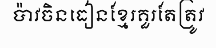
ប៉ាវចិនធៀនខ្មែរគួរតែត្រូវ